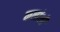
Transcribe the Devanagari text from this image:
कलांशी